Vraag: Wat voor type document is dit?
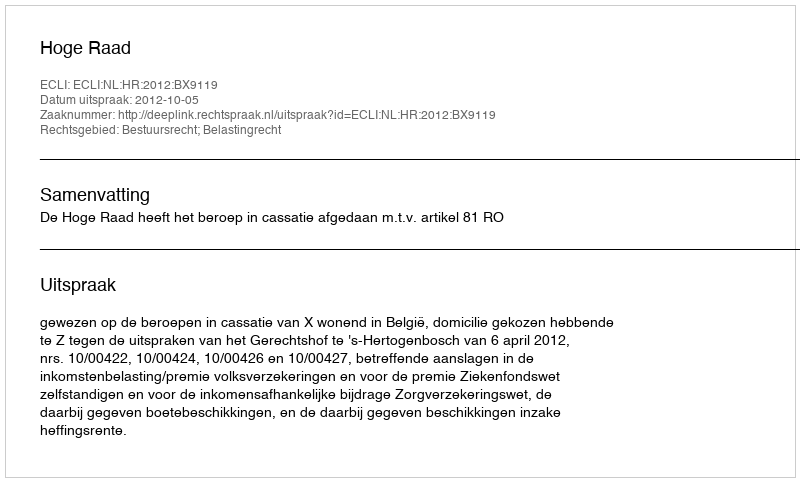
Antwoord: Uitspraak